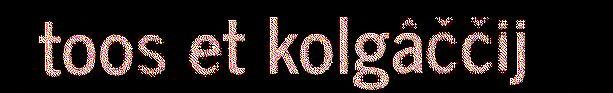
toos et kolgâččij